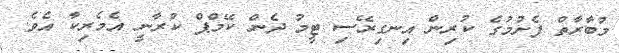
މުބާރާތް ފެށުމުގެ ކުރިން އިނގިރޭސި ޓީމު ދެން ކޭމްޕް ކުރާނީ އެމެރިކާ އެވެ.